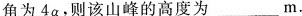
角为4α，则该山峰的高度为___m.